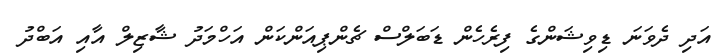
އަދި ދެވަނަ ޑިވިޝަންގެ ފިރެހެން ޑަބަލްސް ޗެންޕިއަންކަން އަހްމަދު ޝާޒިލް އާއި އަބްދު